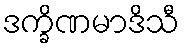
ဒက္ခိဏမာဒိသီ